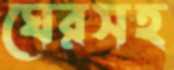
ঘেরসহ